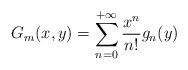
LaTeX: \begin{align*}G_m(x,y)=\sum_{n=0}^{+\infty}\frac{x^n}{n!}g_n(y)\end{align*}